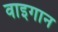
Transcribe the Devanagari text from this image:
वाइगान